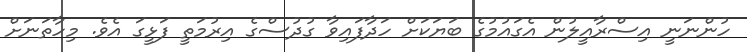
ހުންނަނީ އިސްރާއީލުން އެގައުމުގެ ބަޔަކަށް ހަދާފައިވާ ގުދުސްގެ އިރުމަތީ ފަޅީގަ އެވެ. މިހާތަނަށް